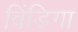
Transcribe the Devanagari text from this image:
विंडिगा